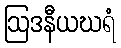
ဩဒနီယဃရံ